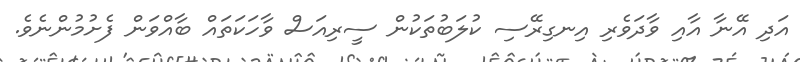
އަދި އޭނާ އާއި ވާދަވެރި އިނގިރޭސި ކުލަބުތަކުން ސީރިއަސް ވާހަކަތައް ބާއްވަން ފެށުމުންނެވެ.